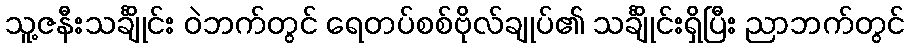
သူ့ဇနီးသင်္ချိုင်း ဝဲဘက်တွင် ရေတပ်စစ်ဗိုလ်ချုပ်၏ သင်္ချိုင်းရှိပြီး ညာဘက်တွင်